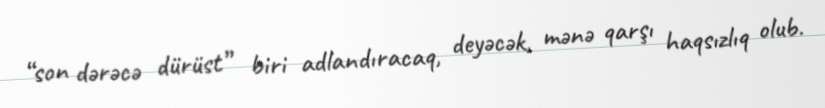
“son dərəcə dürüst” biri adlandıracaq, deyəcək, mənə qarşı haqsızlıq olub.